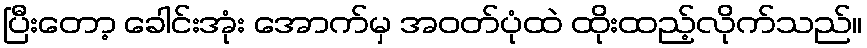
ပြီးတော့ ခေါင်းအုံး အောက်မှ အဝတ်ပုံထဲ ထိုးထည့်လိုက်သည်။